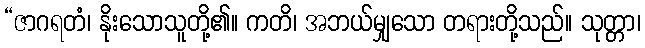
“ဇာဂရတံ၊ နိုးသောသူတို့၏။ ကတိ၊ အဘယ်မျှသော တရားတို့သည်။ သုတ္တာ၊